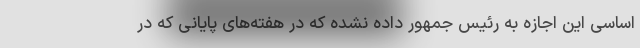
اساسی این اجازه به رئیس جمهور داده نشده که در هفته‌های پایانی که در